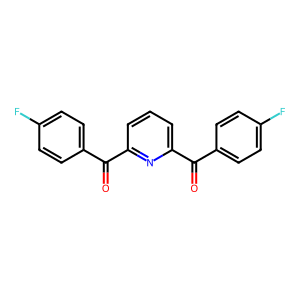
SMILES: O=C(c1ccc(F)cc1)c1cccc(C(=O)c2ccc(F)cc2)n1
Inhibits HIV replication: No